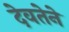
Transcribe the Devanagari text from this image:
देवतेने